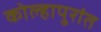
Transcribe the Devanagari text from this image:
कोल्हापुरांत